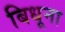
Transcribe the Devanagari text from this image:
बिधूना